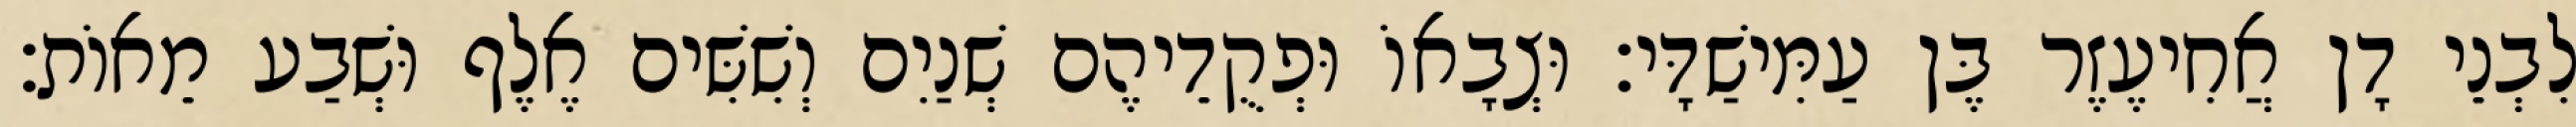
לִבְנֵי דָן אֲחִיעֶזֶר בֶּן עַמִּישַׁדָּי׃ וּצְבָאוֹ וּפְקֻדֵיהֶם שְׁנַיִם וְשִׁשִּׁים אֶלֶף וּשְׁבַע מֵאוֹת׃